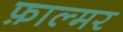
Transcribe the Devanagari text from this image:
फ़ाल्मर